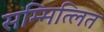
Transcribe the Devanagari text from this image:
सम्मित्लित